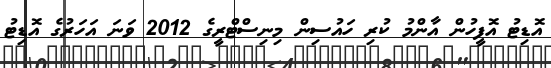
އޮޑިޓު އޮފީހުން އާންމު ކުރި ހައުސިން މިނިސްޓްރީގެ 2012 ވަނަ އަހަރުގެ އޮޑިޓު